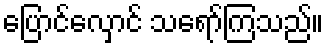
ပြောင်လှောင် သရော်ကြသည်။